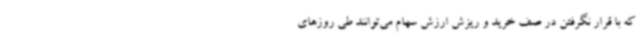
که با قرار نگرفتن در صف خرید و ریزش ارزش سهام می‌توانند طی روزهای